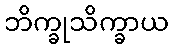
ဘိက္ခုသိက္ခာယ